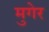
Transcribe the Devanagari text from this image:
मुगेर